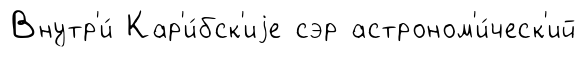
Внутр'и́ Кар'и́бск'иjе сэр астроном'и́ческ'ий